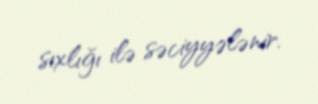
sıxlığı ilə səciyyələnir.